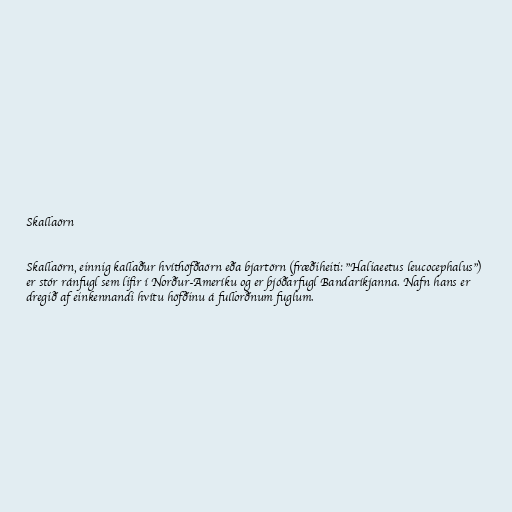
Skallaörn

Skallaörn, einnig kallaður hvíthöfðaörn eða bjartörn (fræðiheiti: "Haliaeetus leucocephalus")
er stór ránfugl sem lifir í Norður-Ameríku og er þjóðarfugl Bandaríkjanna. Nafn hans er
dregið af einkennandi hvítu höfðinu á fullorðnum fuglum.